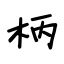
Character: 柄